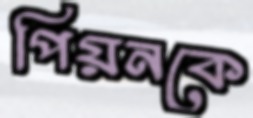
পিয়নকে